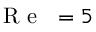
\mathrm { ~ \textit ~ { ~ R ~ e ~ } ~ } = 5